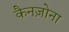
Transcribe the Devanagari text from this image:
कैनज़ोना